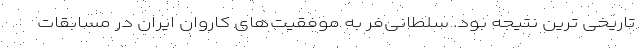
تاریخی ترین نتیجه بود. سلطانی‌فر به موفقیت‌های کاروان ایران در مسابقات